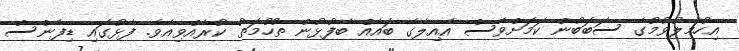
އިހުމާލުވުމުގެ ސަބަބުން ކަަމަށްވެސް އާއިލާގެ ބައެއް ބޭފުޅުން ތުހުމަތު ކުރެއްވިއެވެ. ފާޅުގައި ޑިފެންސް